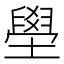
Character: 壆